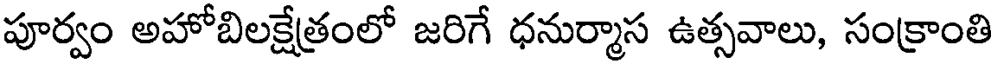
పూర్వం అహోబిలక్షేత్రంలో జరిగే ధనుర్మాస ఉత్సవాలు, సంక్రాంతి